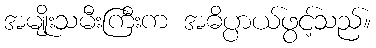
အမျိုးသမီးကြီးက အဓိပ္ပာယ်ဖွင့်သည်။